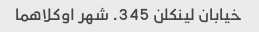
خیابان لینکلن 345. شهر اوکلاهما